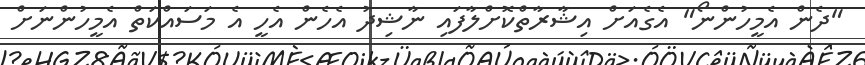
"ދެން އެމީހުންނޯ" އެގެއަށް އިޝާރާތްކޮށްލާފައި ނާޝިދު އެހެން އެހީ އެ މަސައްކަތް އެމީހުންނަށް